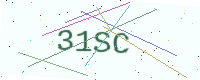
Text: 31SC